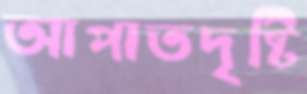
আপাতদৃষ্টি